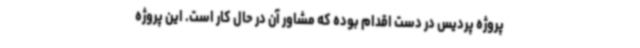
پروژه پردیس در دست اقدام بوده که مشاور آن در حال کار است. این پروژه